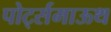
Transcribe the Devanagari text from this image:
पोर्ट्समाऊथ